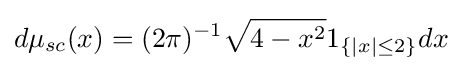
d\mu _{sc}(x)=(2\pi )^{-1}{\sqrt {4-x^{2}}}1_{\{|x|\leq 2\}}dx